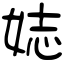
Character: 娡